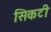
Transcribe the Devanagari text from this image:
सिकटी